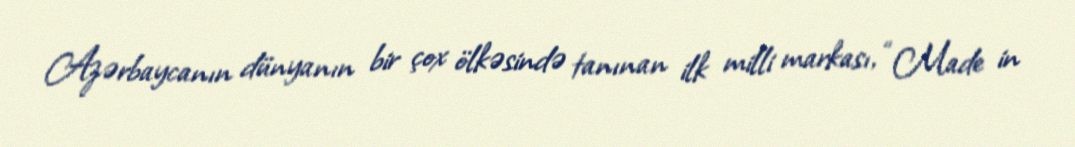
Azərbaycanın dünyanın bir çox ölkəsində tanınan ilk milli markası, “Made in